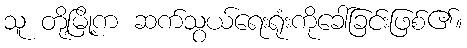
သူ တို့မြို့က ဆက်သွယ်ရေးရုံးကိုခေါ်ခြင်းဖြစ်၏။